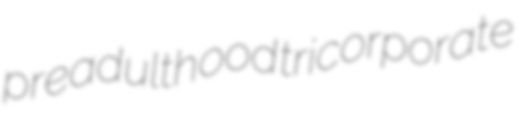
preadulthood tricorporate